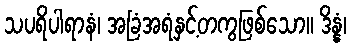
သပရိပါရာနံ၊ အခြံအရံနှင့်တကွဖြစ်သော။ ဒိန္နံ၊